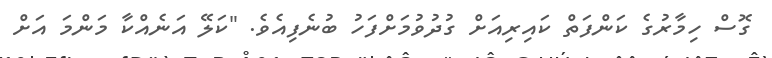
ގޮސް ހިމާރުގެ ކަންފަތް ކައިރިއަށް ގުދުވުމަށްފަހު ބުނެފިއެވެ. "ކަލޭ އަނެއްކާ މަންމަ އަށް